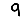
Digit: 9